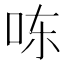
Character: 𰇎